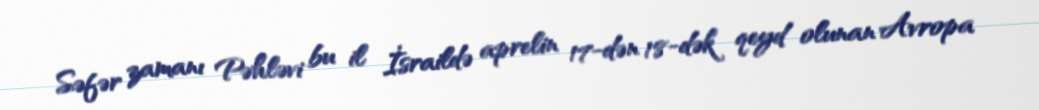
Səfər zamanı Pəhləvi bu il İsraildə aprelin 17-dən 18-dək qeyd olunan Avropa